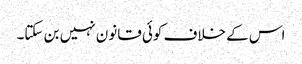
اس کے خلاف کوئی قانون نہیں بن سکتا۔